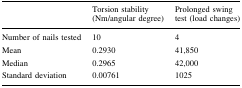
<table><thead><tr><td></td><td><b>Torsion stability (Nm/angular degree)</b></td><td><b>Prolonged swing test (load changes)</b></td></tr></thead><tbody><tr><td>Number of nails tested</td><td>10</td><td>4</td></tr><tr><td>Mean</td><td>0.2930</td><td>41,850</td></tr><tr><td>Median</td><td>0.2965</td><td>42,000</td></tr><tr><td>Standard deviation</td><td>0.00761</td><td>1025</td></tr></tbody></table>